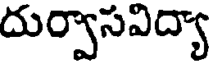
దుర్వాసవిద్యా